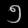
Digit: ၅